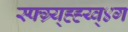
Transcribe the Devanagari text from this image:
स्फ्ग्र्य्ह्ह्य्व्४ग